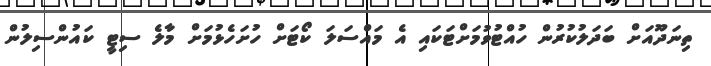
ތިނަދޫއަށް ބަދަލުކުރުން ހުއްޓުވުމަށްޓަކައި އެ މައްސަލަ ކޯޓަށް ހުށަހެޅުމަށް މާލެ ސިޓީ ކައުންސިލުން